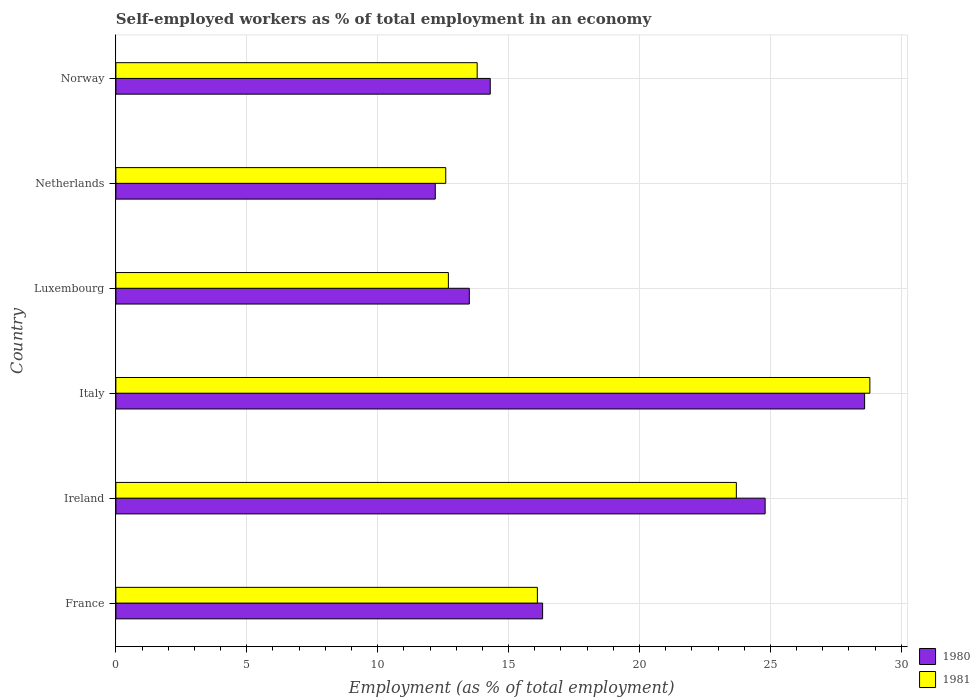
| Country | 1980 | 1981 |
 | --- | --- | --- |
 | France | 16.3 | 16.1 |
 | Ireland | 24.8 | 23.7 |
 | Italy | 28.6 | 28.8 |
 | Luxembourg | 13.5 | 12.7 |
 | Netherlands | 12.2 | 12.6 |
 | Norway | 14.3 | 13.8 |